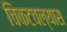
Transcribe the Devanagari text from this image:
चिकटवल्यास